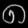
Digit: ၈